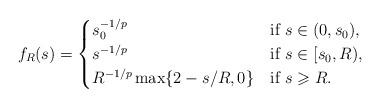
LaTeX: \begin{align*}f_R(s) = \begin{cases}s_0^{-1/p}&\mbox{if $s\in (0,s_0)$},\\s^{-1/p} &\mbox{if $s\in [s_0,R)$},\\R^{-1/p} \max\{2- s/R, 0\} &\mbox{if $s\geqslant R$}.\end{cases}\end{align*}